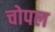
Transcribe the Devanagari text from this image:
चोपल